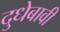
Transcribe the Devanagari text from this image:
दुधेबावी